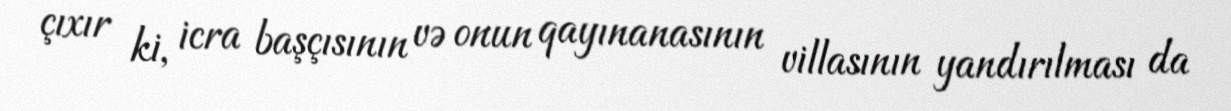
çıxır ki, icra başçısının və onun qayınanasının villasının yandırılması da